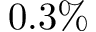
0 . 3 \%